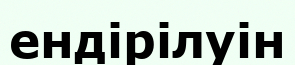
ендірілуін